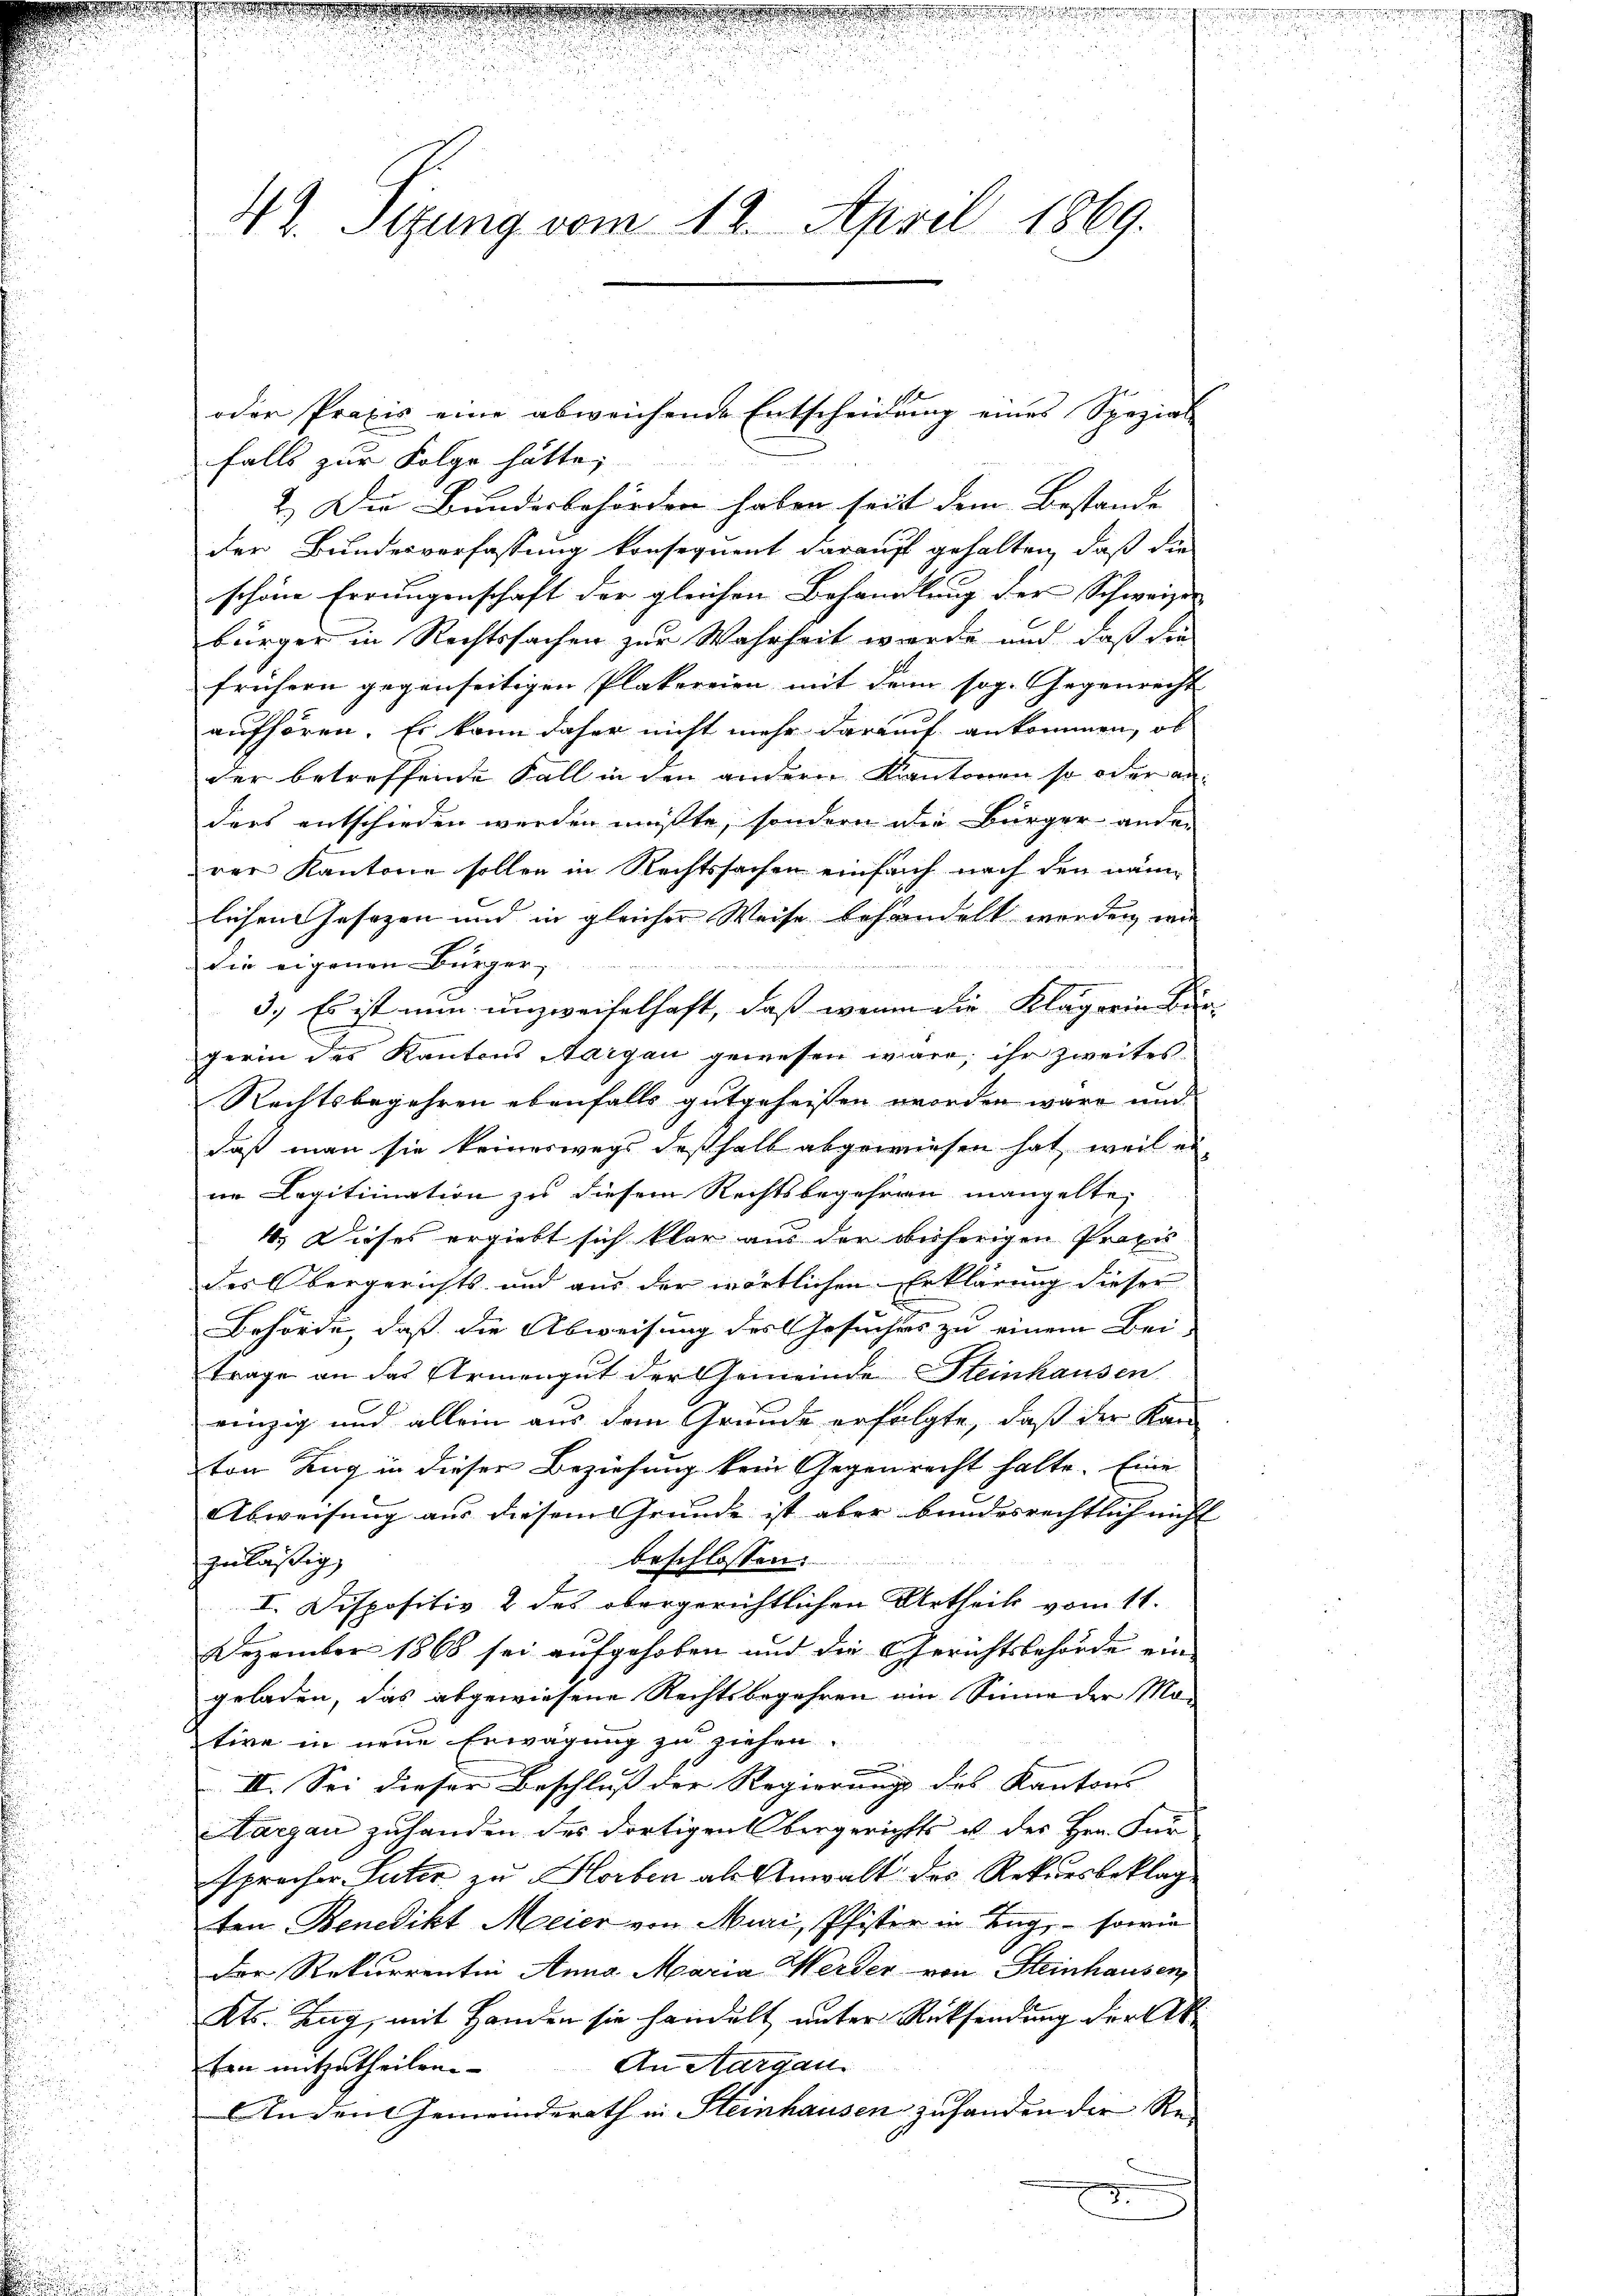
42. Sitzung vom 12. April 1869.

falls zur Folge hätte,
2.) Die Bundesbehörden haben seit dem Bestande |
der Bundesverfassung konsequent darauf gehalten, daß die
schöne Errungenschaft der gleichen Behandlung der Schweizer
bürger in Rechtssachen zur Wahrheit wurde und daß die
frühern gegenseitigen Plakereien mit dem sog. Gegenrecht
aufhören. Er kann daher nicht mehr darauf ankommen, ob
der betreffende Fall in den andern Kantonen so oder anders entschieden werden müßte, sondern die Bürger ander
rer Kantone sollen in Rechtssachen einfach nach den näm
lichengesezen und in gleicher Weise behandelt werden, wie
die eigenen Bürger
3.) Es ist nun unzweifelhaft, daß wenn die Klägerin ber
gerin des Kantons Aargau gewesen wäre; ihr zweites
Rechtsbegehren ebenfalls gutgeheissen worden wäre und
daß man sie keineswegs deßhalb abgewiesen hat, weil er
ne Legitimation zu diesem Rechtsbegehren mangelte,
4.) Dieses ergiebt sich klar aus der beherigen Praxis
des Obergerichts- und aus der wörtlichen Erklärung dieser
Behörde, daß die Abweisung des Gesuches zu einem Bei- |
trage an das Armengut der Gemeinde Steinhausen
einzig und allein aus dem Grunde erfolgte, daß der Kan
von Zug in dieser Beziehung kein Gegenrecht halte. Eine
Abweisung aus diesem Grunde ist aber bundesrechtlich nicht |
beschlossen:
zuläßig
I. Dispositiv & des obergerichtlichen Urtheils vom 11.
Dezember 1868 sei aufgehoben und die Gerichtsbehörde eingeladen, das abgewiesene Rechtsbegehren ein Sinne der Mative in neue Erwägung zu ziehen.
.
II. Sei dieser Beschluß der Regierung des Kantons
Hargau zuhanden des dortigen bergerichts u des Hrn. Für
sprecher Luter zu Horben als Anwalt des Rekursbeklag
ten Benedikt Meier von Muri, Pfister in Tag, - sowie
Der Rekurrentin Anna Maria Werder von Steinhausen,
Kts. Zug, mit Handen sie handelt unter Rücksendung der Ab¬
An Aargau.
fen mitzutheilen.
An den Gemeinderath in Steinhausen zufanden die Re-

oder Praxis eine abweichende Entscheidung eines Spezial-